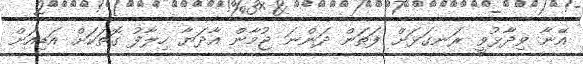
އޭނާ ވިދާޅުވީ ރަނގަޅަށް ފަތަން ދަންނަ ޖުމާން އާދަޔާ ހިލާފު ގޮތަކަށް އަޑިއަށް